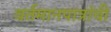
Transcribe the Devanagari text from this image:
वर्तमानपात्रांची